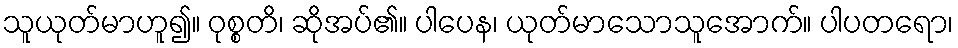
သူယုတ်မာဟူ၍။ ဝုစ္စတိ၊ ဆိုအပ်၏။ ပါပေန၊ ယုတ်မာသောသူအောက်။ ပါပတရော၊